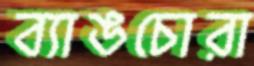
ব্যাঙচোরা